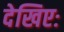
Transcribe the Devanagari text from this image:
देखिएः